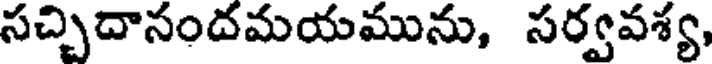
సచ్చిదానందమయమును, సర్వవశ్య,